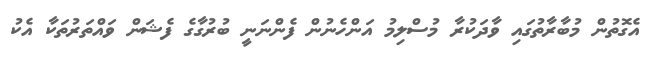
އެގޮތުން މުބާރާތުގައި ވާދަކުރާ މުސްލިމު އަންހެނުން ފެންނަނީ ބުރުގާގެ ފެޝަން ވައްތަރުތަކާ އެކު